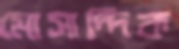
মোসাদ্দিক